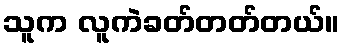
သူက လူကဲခတ်တတ်တယ်။